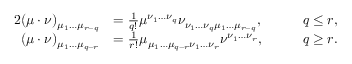
\begin{array} { r l r l } { { 2 } ( \mu \cdot \nu ) _ { \mu _ { 1 } \ldots \mu _ { r - q } } } & { = \frac { 1 } { q ! } \mu ^ { \nu _ { 1 } \ldots \nu _ { q } } \nu _ { \nu _ { 1 } \ldots \nu _ { q } \mu _ { 1 } \ldots \mu _ { r - q } } , } & & { \quad q \leq r , } \\ { ( \mu \cdot \nu ) _ { \mu _ { 1 } \ldots \mu _ { q - r } } } & { = \frac { 1 } { r ! } \mu _ { \mu _ { 1 } \ldots \mu _ { q - r } \nu _ { 1 } \ldots \nu _ { r } } \nu ^ { \nu _ { 1 } \ldots \nu _ { r } } , } & & { \quad q \geq r . } \end{array}